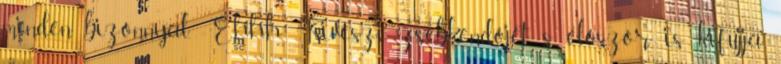
minden bizonnyal. -Ehhh. Kiveszi zsebkendőjét, s először is kifújja